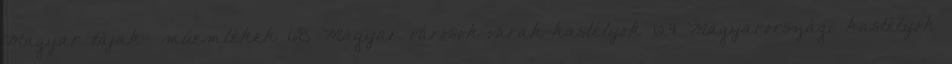
Magyar tájak- műemlékek 68 Magyar városok-várak-kastélyok 124 Magyarországi kastélyok